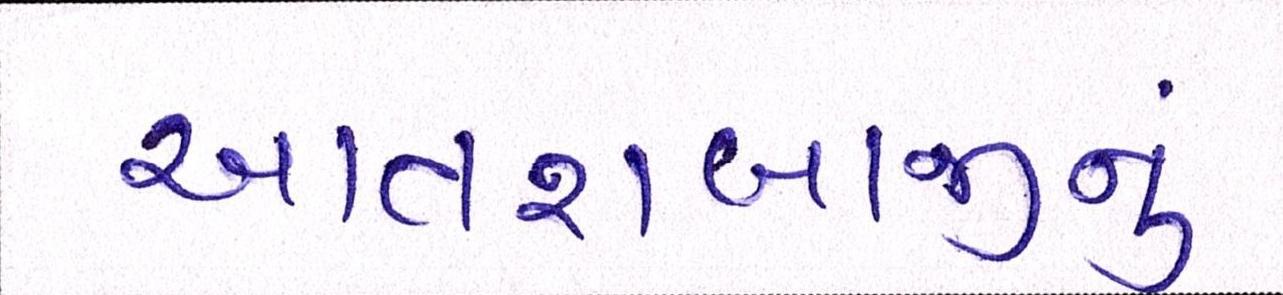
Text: આતશબાજીનું